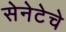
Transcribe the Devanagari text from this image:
सेनेटेचे